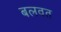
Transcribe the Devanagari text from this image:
बलवत